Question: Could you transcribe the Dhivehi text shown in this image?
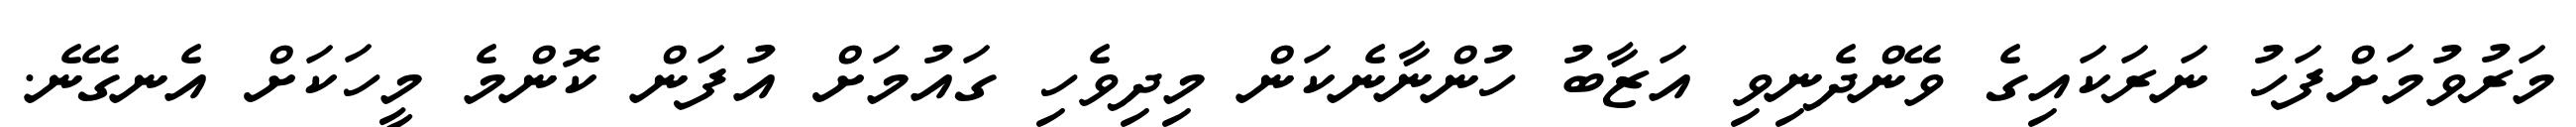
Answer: މަރުވުމަށްފަހު ނަރަކައިގެ ވޭންދެނިވި އަޒާބު ހުންނާނެކަން މިދިވެހި ގައުމަށް އުފަން ކޮންމެ މީހަކަށް އެނގޭނެ.